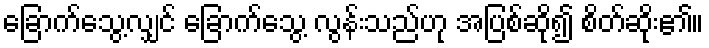
ခြောက်သွေ့လျှင် ခြောက်သွေ့ လွန်းသည်ဟု အပြစ်ဆို၍ စိတ်ဆိုး၏။